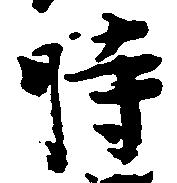
時